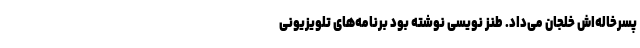
پسرخاله‌اش خلجان می‌داد. طنز نویسی نوشته بود برنامه‌های تلویزیونی